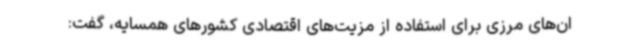
ان‌های مرزی برای استفاده از مزیت‌های اقتصادی کشورهای همسایه، گفت: